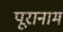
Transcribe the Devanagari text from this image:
पूरानाम